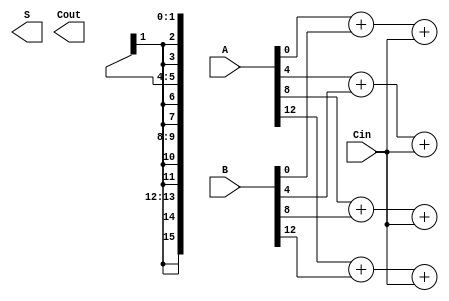
module HybridCarrySelectAdder #(parameter N = 16) (
    input [N-1:0] A,      // First n-bit input
    input [N-1:0] B,      // Second n-bit input
    input Cin,            // Initial carry-in
    output [N-1:0] S,     // n-bit sum output
    output Cout           // Carry-out
);

    localparam SEGMENT_SIZE = 4; // Size of each segment
    localparam NUM_SEGMENTS = N / SEGMENT_SIZE;

    wire [SEGMENT_SIZE-1:0] sum0 [0:NUM_SEGMENTS-1]; // Sum when Cin = 0
    wire [SEGMENT_SIZE-1:0] sum1 [0:NUM_SEGMENTS-1]; // Sum when Cin = 1
    wire carry0 [0:NUM_SEGMENTS-1]; // Carry-out when Cin = 0
    wire carry1 [0:NUM_SEGMENTS-1]; // Carry-out when Cin = 1
    wire carry_out [0:NUM_SEGMENTS-1]; // Actual carry-out for multiplexing

    // Generate full adders for each segment
    genvar i, j;
    generate
        for (i = 0; i < NUM_SEGMENTS; i = i + 1) begin : segment
            for (j = 0; j < SEGMENT_SIZE; j = j + 1) begin : full_adder
                wire a = A[i*SEGMENT_SIZE + j];
                wire b = B[i*SEGMENT_SIZE + j];
                wire c0 = (j == 0) ? Cin : carry0[i][j-1];
                wire c1 = (j == 0) ? Cin : carry1[i][j-1];

                // Full adder logic for carry-in = 0
                assign {carry0[i], sum0[i][j]} = a + b + c0;

                // Full adder logic for carry-in = 1
                assign {carry1[i], sum1[i][j]} = a + b + c1;
            end
        end
    endgenerate

    // Carry select logic
    generate
        for (i = 0; i < NUM_SEGMENTS; i = i + 1) begin : carry_select
            if (i == 0) begin
                assign carry_out[i] = Cin ? carry1[i] : carry0[i];
            end else begin
                assign carry_out[i] = carry_out[i-1] ? carry1[i] : carry0[i];
            end
        end
    endgenerate

    // Final sum selection
    generate
        for (i = 0; i < NUM_SEGMENTS; i = i + 1) begin : sum_selection
            assign S[i*SEGMENT_SIZE +: SEGMENT_SIZE] = carry_out[i] ? sum1[i] : sum0[i];
        end
    endgenerate

    // Final carry-out
    assign Cout = carry_out[NUM_SEGMENTS-1];

endmodule